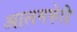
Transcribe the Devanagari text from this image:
आलमफेदि